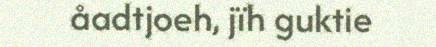
åadtjoeh, jïh guktie